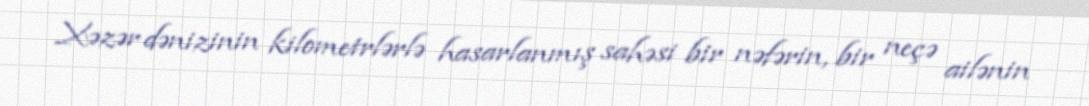
Xəzər dənizinin kilometrlərlə hasarlanmış sahəsi bir nəfərin, bir neçə ailənin